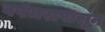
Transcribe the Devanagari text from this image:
वर्षभरापासून